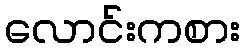
လောင်းကစား